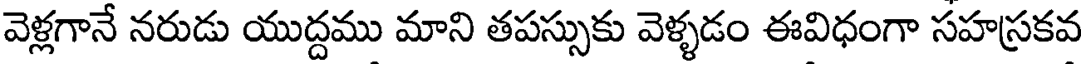
వెళ్లగానే నరుడు యుద్దము మాని తపస్సుకు వెళ్ళడం ఈవిధంగా సహస్రకవ